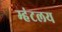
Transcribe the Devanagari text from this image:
म्हंटलय